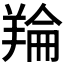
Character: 𮊬